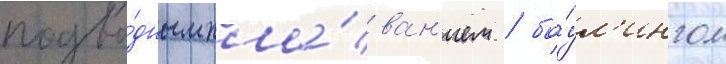
подво́дным пла́ван'ием / бо́ул'ингом